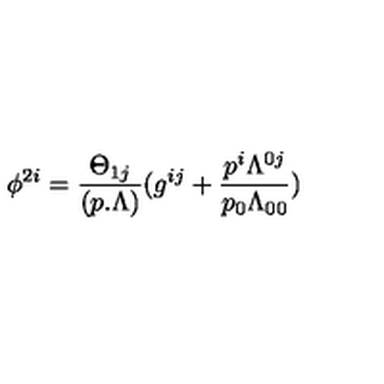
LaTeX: \phi ^ { 2 i } = { \frac { \Theta _ { 1 j } } { ( p . \Lambda ) } } ( g ^ { i j } + { \frac { p ^ { i } \Lambda ^ { 0 j } } { p _ { 0 } \Lambda _ { 0 0 } } } )